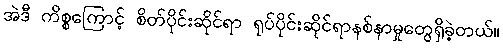
အဲဒီ ကိစ္စကြောင့် စိတ်ပိုင်းဆိုင်ရာ ရုပ်ပိုင်းဆိုင်ရာနစ်နာမှုတွေရှိခဲ့တယ်။